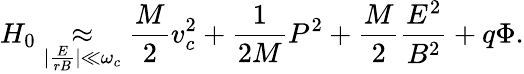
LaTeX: H_{0}\underset{|\frac{E}{rB}|\ll\omega_{c}}{\approx}\frac{M}{2}v_{c}^{2}+\frac{1}{2M}P^{2}+\frac{M}{2}\frac{E^{2}}{B^{2}}+q\Phi.